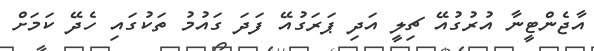
އާޖެންޓީނާ އުރުގުއޭ ޗިލީ އަދި ޕަރަގުއޭ ފަދަ ގައުމު ތަކުގައި ހެދޭ ކަމަށް